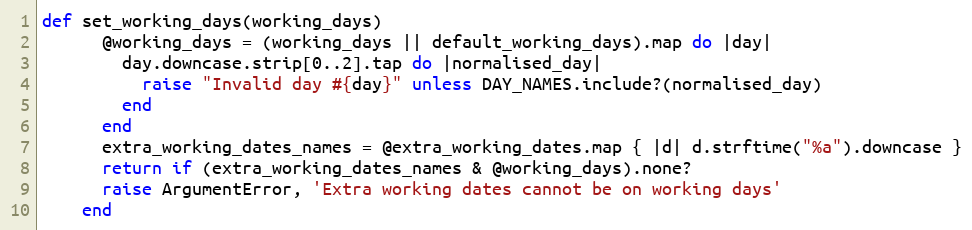
Language: Ruby
def set_working_days(working_days)
      @working_days = (working_days || default_working_days).map do |day|
        day.downcase.strip[0..2].tap do |normalised_day|
          raise "Invalid day #{day}" unless DAY_NAMES.include?(normalised_day)
        end
      end
      extra_working_dates_names = @extra_working_dates.map { |d| d.strftime("%a").downcase }
      return if (extra_working_dates_names & @working_days).none?
      raise ArgumentError, 'Extra working dates cannot be on working days'
    end